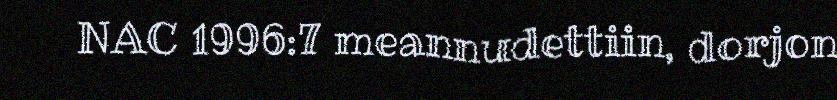
NAC 1996:7 meannudettiin, dorjon